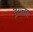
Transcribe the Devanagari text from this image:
इयत्ताा